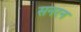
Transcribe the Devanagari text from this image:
सनरन